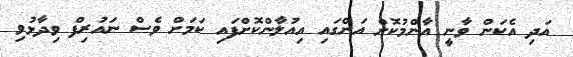
އަދި އެކަން ވާނީ އާންމުކޮށް އަންގައި އިއުލާންކޮށްފައި ކަމަށް ވެސް ނައުރިފް ވިދާޅުވި